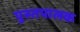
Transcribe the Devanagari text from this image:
पुस्तपालक